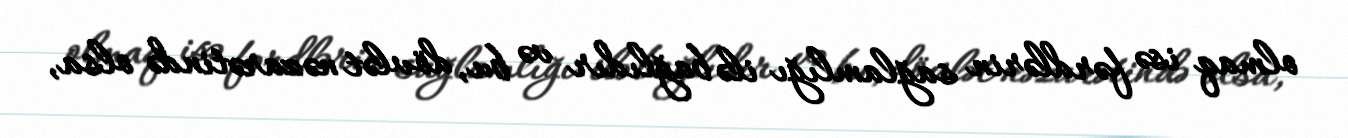
olmaq isə fərdlərin sağlamlığı ilə bağlıdır və bu, dövlət nəzarətində olsa,